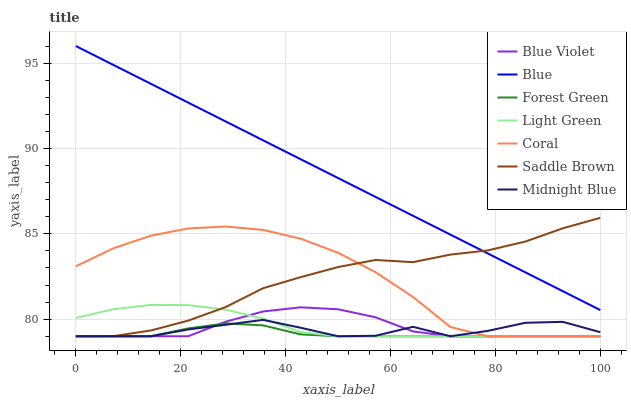
| xaxis_label | Blue Violet | Blue | Forest Green | Light Green | Coral | Saddle Brown | Midnight Blue |
 | --- | --- | --- | --- | --- | --- | --- | --- |
 | 0 | 79 | 96 | 79 | 80.1 | 83.1 | 79 | 79 |
 | 7.14 | 79 | 94.9 | 79 | 80.6 | 84.2 | 79 | 79 |
 | 14.3 | 79 | 93.8 | 79 | 80.8 | 84.9 | 79.3 | 79 |
 | 21.4 | 79 | 92.7 | 79.5 | 80.8 | 85.3 | 79.9 | 79.4 |
 | 28.6 | 79.9 | 91.6 | 79.8 | 80.6 | 85.4 | 80.7 | 79.7 |
 | 35.7 | 80.5 | 90.5 | 79.6 | 80 | 85.2 | 81.8 | 80 |
 | 42.9 | 80.7 | 89.4 | 79.1 | 79.2 | 84.7 | 82.5 | 79.5 |
 | 50 | 80.6 | 88.3 | 79 | 79 | 83.9 | 83.1 | 79 |
 | 57.1 | 80.1 | 87.2 | 79 | 79 | 82.8 | 83.5 | 79 |
 | 64.3 | 79.3 | 86.1 | 79 | 79 | 81.3 | 83.3 | 79.6 |
 | 71.4 | 79 | 85 | 79 | 79 | 79.5 | 83.8 | 79 |
 | 78.6 | 79 | 83.8 | 79 | 79 | 79 | 84 | 79.3 |
 | 85.7 | 79 | 82.7 | 79 | 79 | 79 | 84.5 | 79.8 |
 | 92.9 | 79 | 81.6 | 79 | 79 | 79 | 85.3 | 79.8 |
 | 100 | 79 | 80.5 | 79 | 79 | 79 | 85.9 | 79.2 |